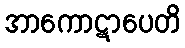
အာကောဋာပေတိ